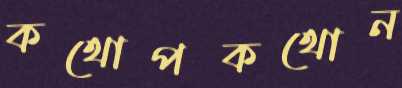
কথোপকথোন